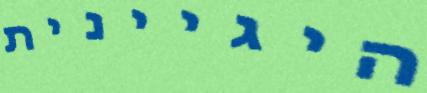
היגיינית